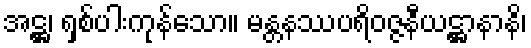
အဋ္ဌ၊ ရှစ်ပါးကုန်သော။ မန္တနဿပရိဝဇ္ဇနီယဋ္ဌာနာနိ၊